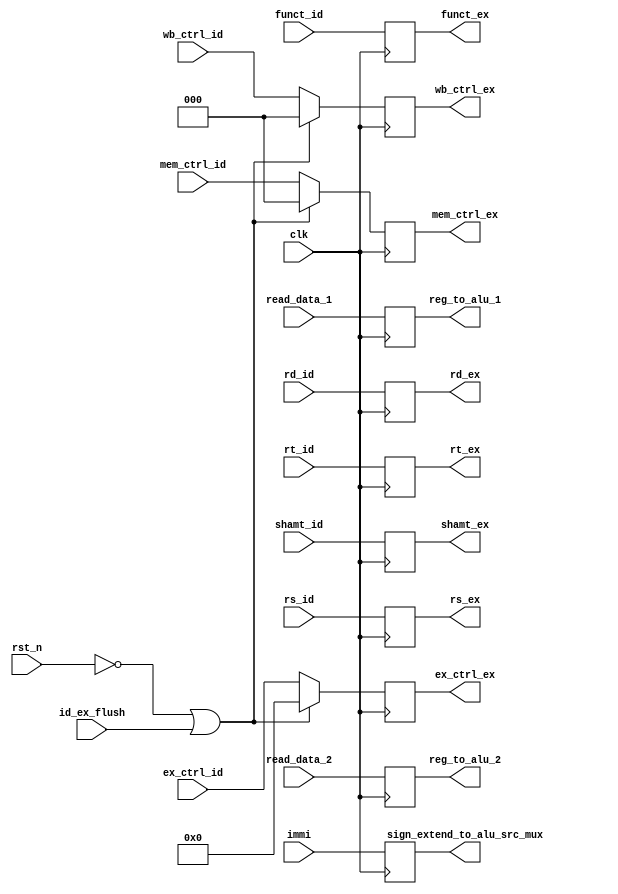
`timescale 1ns / 1ps
/*
 * Description:
 *
 * Dependencies:
 *
 * Revision:
 *
 */

module ID_EX(
	output reg [31:0] reg_to_alu_1, reg_to_alu_2
		, sign_extend_to_alu_src_mux,
	input [31:0] read_data_1, read_data_2, immi,
	output reg [4:0] rs_ex, rt_ex, rd_ex,
	input [4:0] rs_id, rt_id, rd_id,
	output reg [4:0] shamt_ex,
	output reg [5:0] funct_ex,
	output reg [5:0] ex_ctrl_ex,
	output reg [2:0] mem_ctrl_ex,
	output reg [2:0] wb_ctrl_ex,
	input [4:0] shamt_id,
	input [5:0] funct_id,
	input [5:0] ex_ctrl_id,
	input [2:0] mem_ctrl_id,
	input [2:0] wb_ctrl_id,
	input id_ex_flush, clk, rst_n
    );

	always @ (negedge clk)
	begin
		reg_to_alu_1 <= read_data_1;
		reg_to_alu_2 <= read_data_2;
		sign_extend_to_alu_src_mux <= immi;
		shamt_ex <= shamt_id;
		funct_ex <= funct_id;
		rs_ex <= rs_id;
		rt_ex <= rt_id;
		rd_ex <= rd_id;
		if (!rst_n || id_ex_flush)
		begin
			ex_ctrl_ex <= 6'b0;
			mem_ctrl_ex <= 3'b0;
			wb_ctrl_ex <= 3'b0;
		end
		else
		begin
			ex_ctrl_ex <= ex_ctrl_id;
			mem_ctrl_ex <= mem_ctrl_id;
			wb_ctrl_ex <= wb_ctrl_id;
		end
	end

endmodule